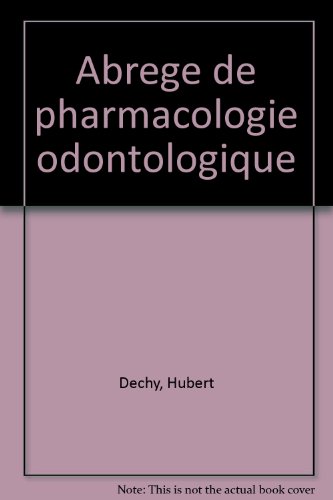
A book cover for Abrege de pharmacologie odontologique (French Edition); Hubert Dechy; Medical Books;